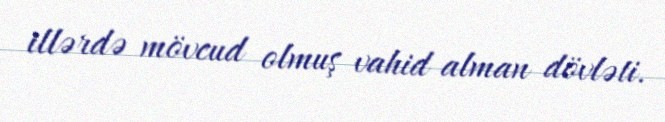
illərdə mövcud olmuş vahid alman dövləti.